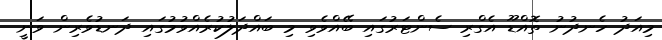
މިއަދު ހެނދުނު ތޮއްޑޫ އެގްރި ސެންޓަރުގައި ބޭއްވެވި މި ބައްދަލުކުރެއްވުމުގައި ދަނޑުވެރިން ވަނީ